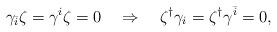
\begin{align*}\gamma_{\bar{i}}\zeta=\gamma^{i}\zeta=0\quad\Rightarrow\quad\zeta^{\dag}\gamma_{i}=\zeta^{\dag}\gamma^{\bar{i}}=0,\end{align*}